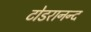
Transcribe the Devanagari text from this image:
टोडरानन्द